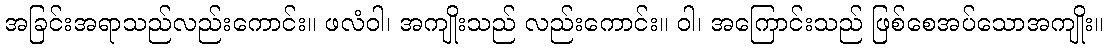
အခြင်းအရာသည်လည်းကောင်း။ ဖလံဝါ၊ အကျိုးသည် လည်းကောင်း။ ဝါ၊ အကြောင်းသည် ဖြစ်စေအပ်သောအကျိုး။